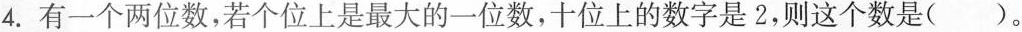
4. 有一个两位数，若个位上是最大的一位数，十位上的数字是2，则这个数是()。